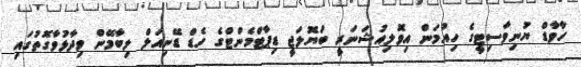
ހާވާޑް ޔުނިވާސިޓީގެ ހިއުމަން އިވޮލިއުޝަނަރީ ބަޔޮލަޖީ ޑިޕާޓްމެންޓްގެ ހެޑް ޑޭނިއަލް ލިބާމޭން ވިދާޅުވާގޮތުގައި